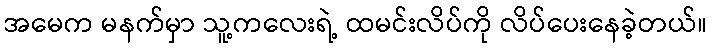
အမေက မနက်မှာ သူ့ကလေးရဲ့ ထမင်းလိပ်ကို လိပ်ပေးနေခဲ့တယ်။